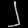
Digit: ၂